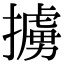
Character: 擄